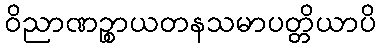
ဝိညာဏဉ္စာယတနသမာပတ္တိယာပိ